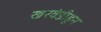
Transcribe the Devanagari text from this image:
खरवंडीहून